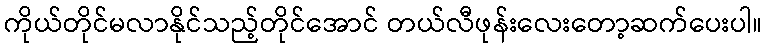
ကိုယ်တိုင်မလာနိုင်သည့်တိုင်အောင် တယ်လီဖုန်းလေးတော့ဆက်ပေးပါ။